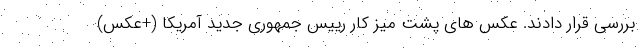
بررسی قرار دادند. عکس های پشت میز کار رییس جمهوری جدید آمریکا (+عکس)